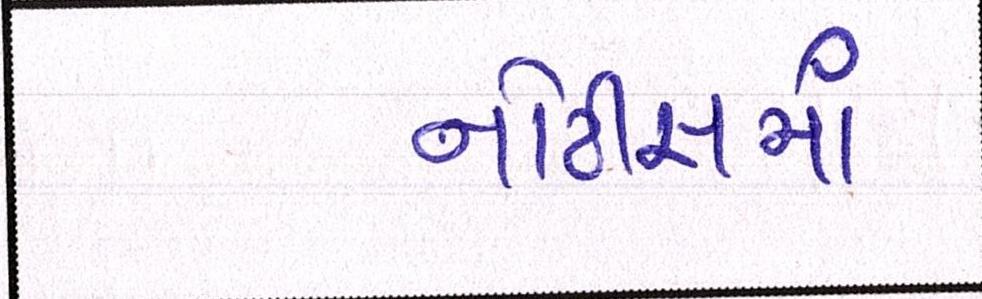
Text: નોટીસમાં